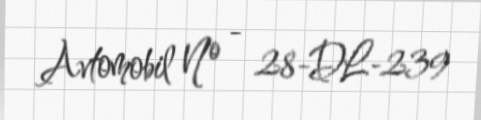
Avtomobil № - 28-DL-239